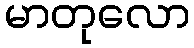
မာတုလော